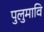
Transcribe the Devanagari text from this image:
पुलुमावि